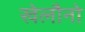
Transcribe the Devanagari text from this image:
खेलौनो